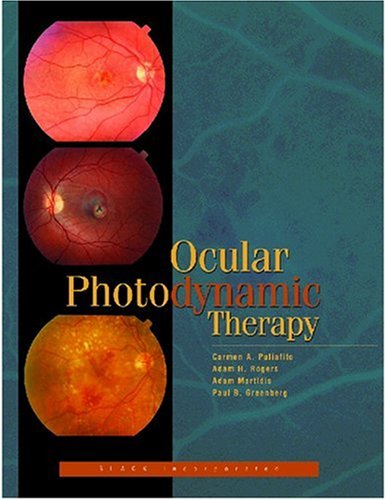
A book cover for Ocular Photodynamic Therapy; Carmen A. Puliafito MD; Medical Books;